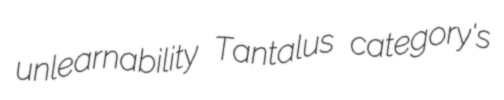
unlearnability Tantalus category's